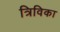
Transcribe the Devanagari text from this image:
त्रिविका